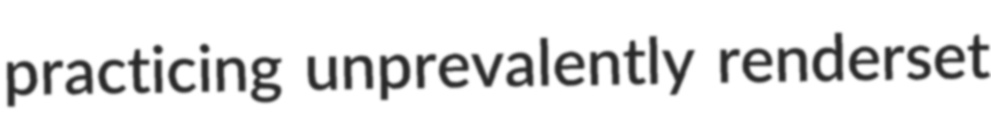
practicing unprevalently renderset